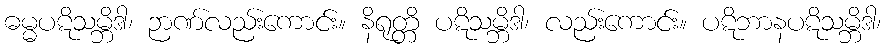
ဓမ္မပဋိသမ္ဘိဒါ၊ ဉာဏ်လည်းကောင်း။ နိရုတ္တိ ပဋိသမ္ဘိဒါ၊ လည်းကောင်း။ ပဋိဘာနပဋိသမ္ဘိဒါ၊